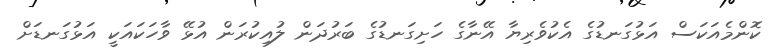
ކޮންމެއަކަސް އަޅުގަނޑުގެ އެކުވެރިޔާ އޭނާގެ ހަށިގަނޑުގެ ބަރުދަން ލުއިކުރަން އުޅޭ ވާހަކައަކީ އަޅުގަނޑަށް